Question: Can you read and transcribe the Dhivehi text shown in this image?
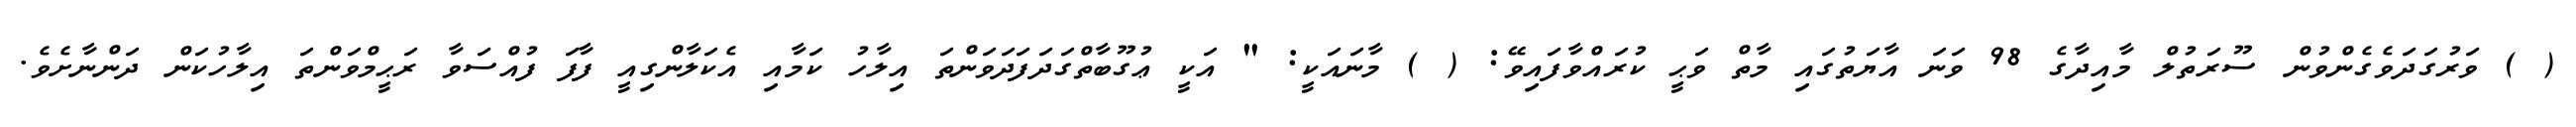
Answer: ( ) ވަރުގަދަވެގެންވުން ސޫރަތުލް މާއިދާގެ 98 ވަނަ އާޔަތުގައި މާތް ވަޙީ ކުރައްވާފައިވޭ: ( ) މާނައަކީ: " އަކީ ޢުގޫބާތްގަދަފަދަވަންތަ އިލާހު ކަމާއި އެކަލާންގިއީ ފާފަ ފުއްސަވާ ރަޙީމްވަންތަ އިލާހުކަން ދަންނާށެވެ.